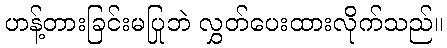
ဟန့်တားခြင်းမပြုဘဲ လွှတ်ပေးထားလိုက်သည်။